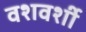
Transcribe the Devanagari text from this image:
वशवर्शी